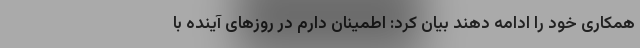
همکاری خود را ادامه دهند بیان کرد: اطمینان دارم در روزهای آینده با